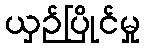
ယှဉ်ပြိုင်မှု